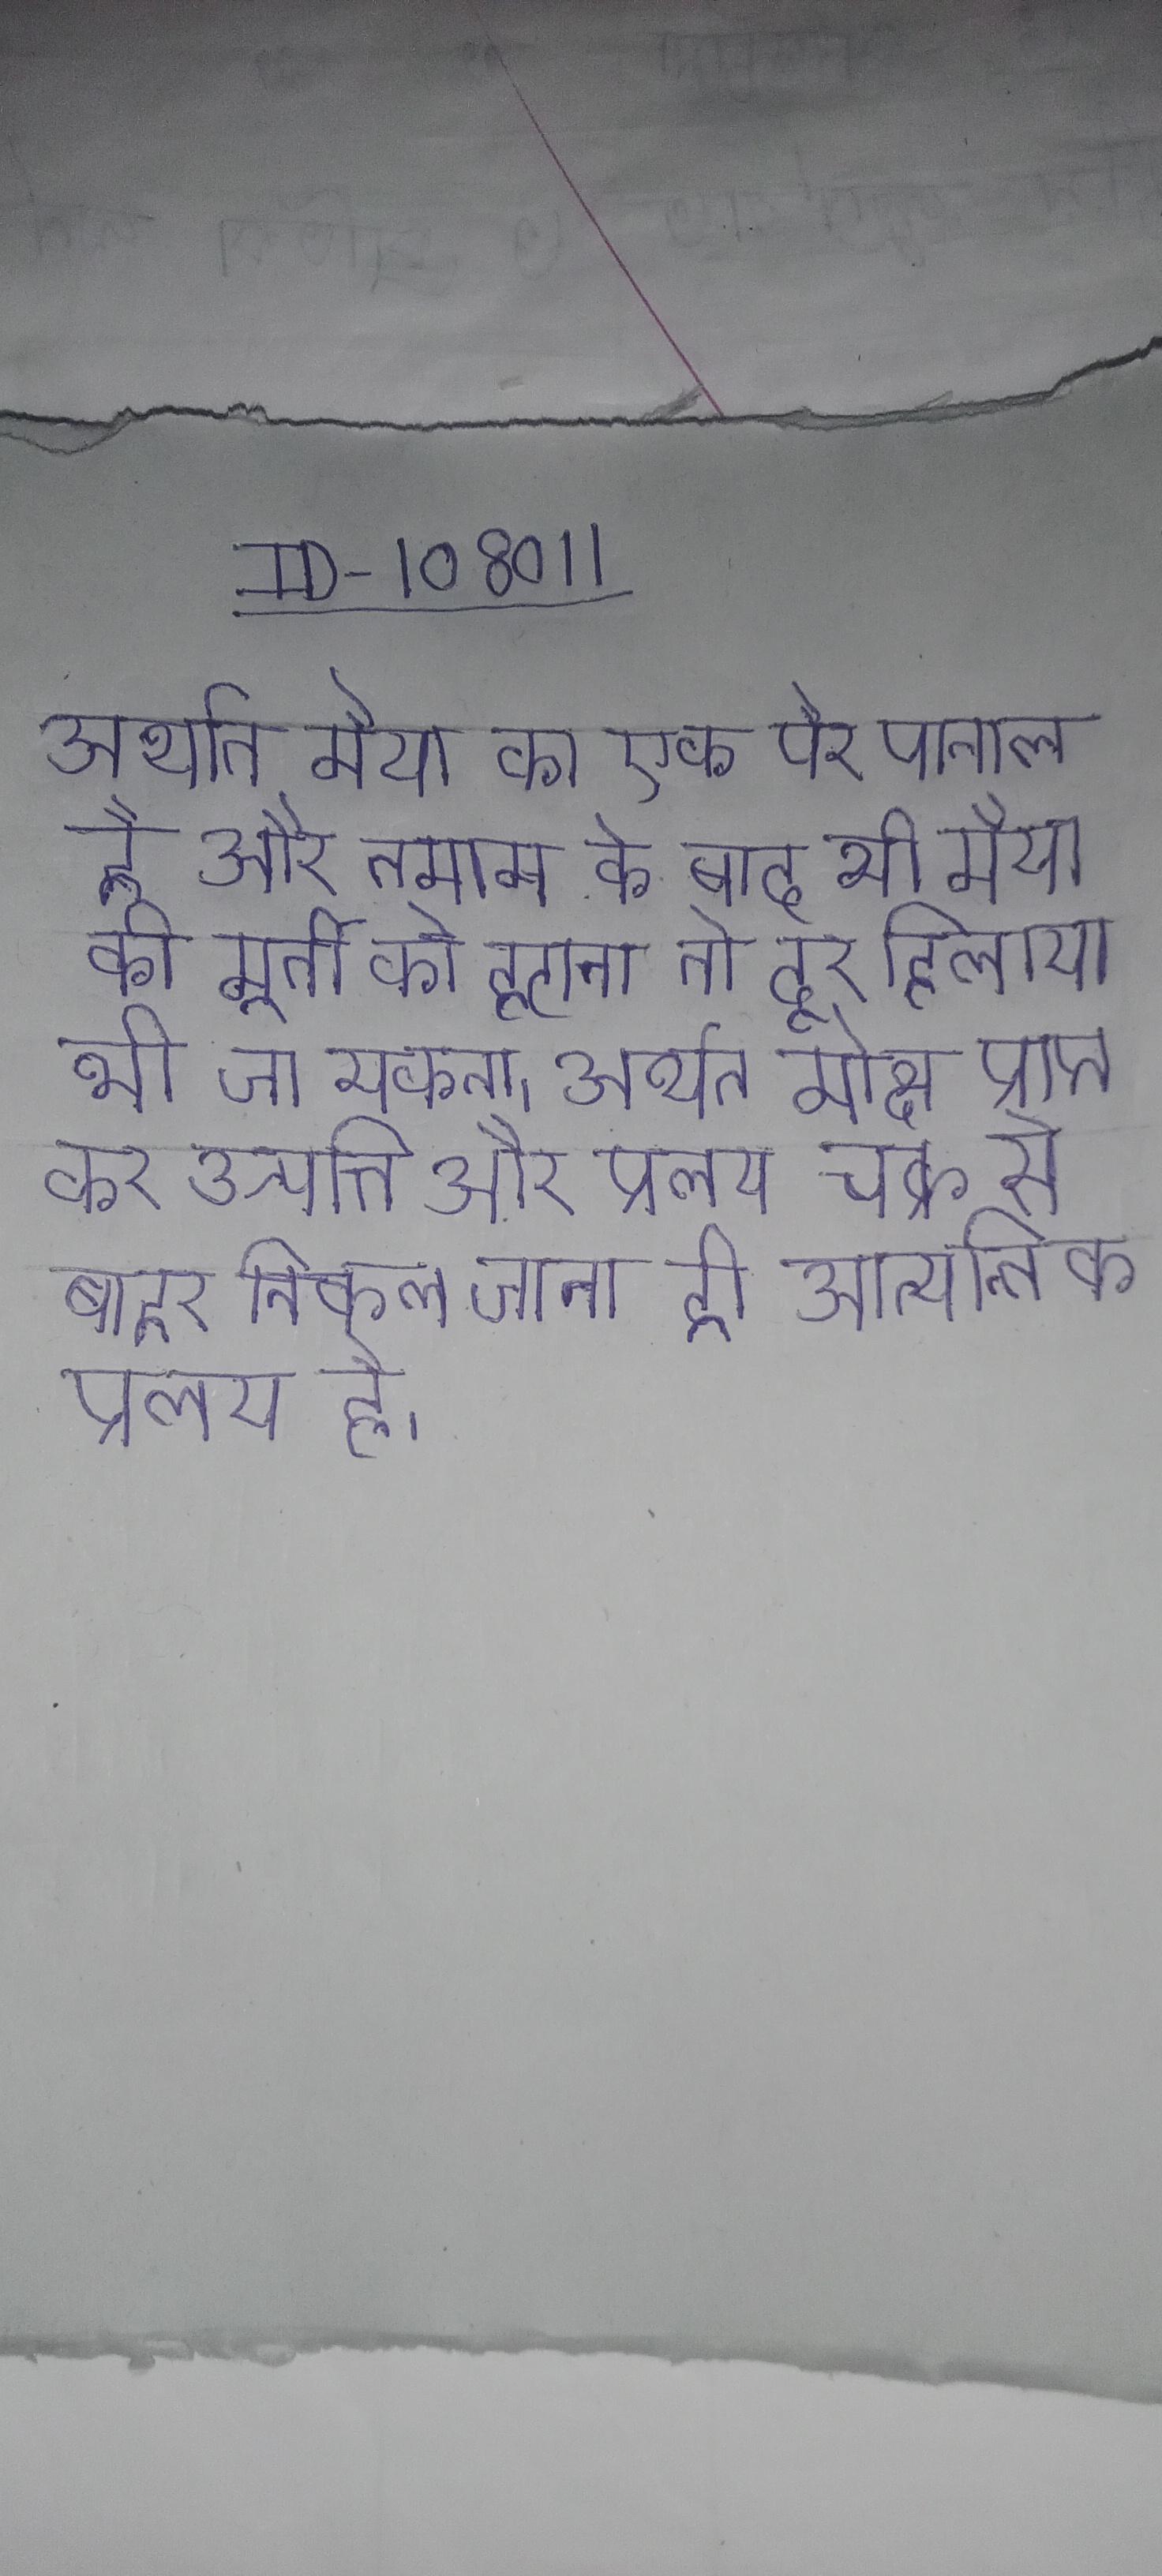
अर्थात मैया का एक पैर पाताल है और तमाम के बाद भी मैया की मूर्ती को हटाना तो दूर हिलाया भी जा सकता । अर्थात मोक्ष प्राप्त कर उत्पत्ति और प्रलय चक्र से बाहर निकल जाना ही आत्यन्तिक प्रलय है ।